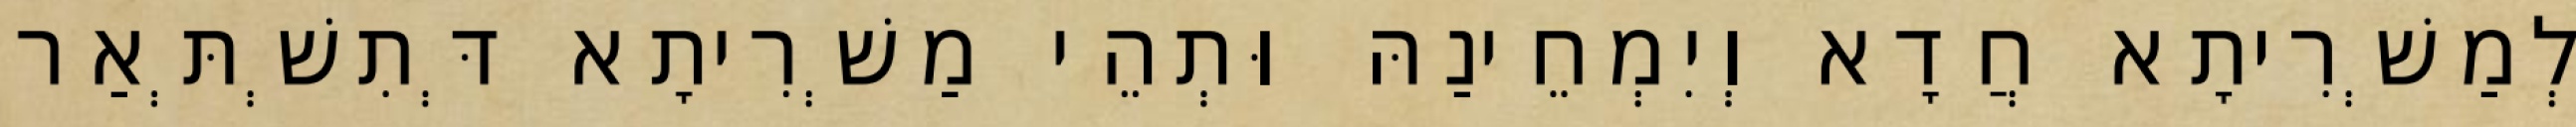
לְמַשְׁרִיתָא חֲדָא וְיִמְחֵינַהּ וּתְהֵי מַשְׁרִיתָא דְּתִשְׁתְּאַר